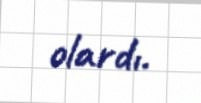
olardı.